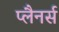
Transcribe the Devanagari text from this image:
प्लैनर्स